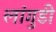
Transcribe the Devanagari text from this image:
लांगुडी